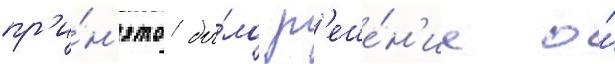
пр'и́н'ято бы́ло р'еше́н'ие о́